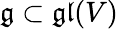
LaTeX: \mathfrak{g}\subset\mathfrak{gl}(V)